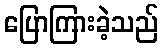
ပြောကြားခဲ့သည်